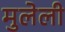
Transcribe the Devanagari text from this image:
मुलेली